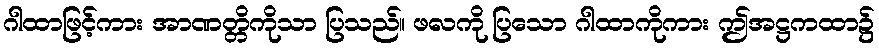
ဂါထာဖြင့်ကား အာဏတ္တိကိုသာ ပြသည်။ ဖလကို ပြသော ဂါထာကိုကား ဤအဋ္ဌကထာ၌